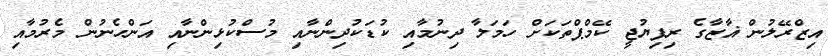
އިޒްރޭލުން ޣާޒާގެ ރިފިޔުުޖީ ކޭމްޕްތަކަށް ހަމަލާ ދިނުމާއި ކުޑަކުދިންނާއި މުސްކުޅިންނާއި އަންހެނުން މެރުމާއި